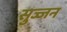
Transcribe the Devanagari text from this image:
सुज्जन